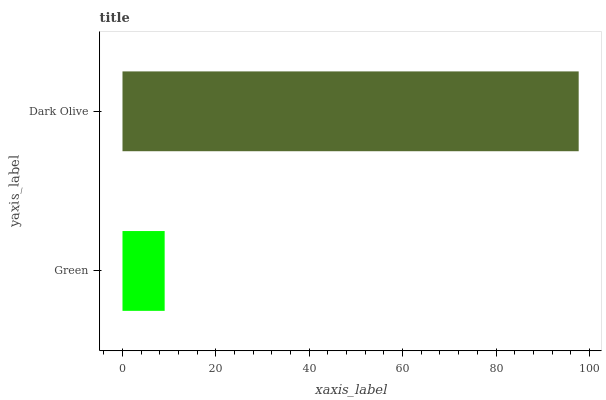
| yaxis_label | bars |
 | --- | --- |
 | Green | 9.03 |
 | Dark Olive | 97.7 |